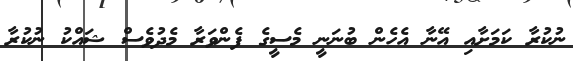
ނުކުރާ ކަމަށާއި އޭނާ އެހެން ބުނަނީ މެސީގެ ފެންވަރާ މެދުވެސް ޝައްކު ނުކުރާ